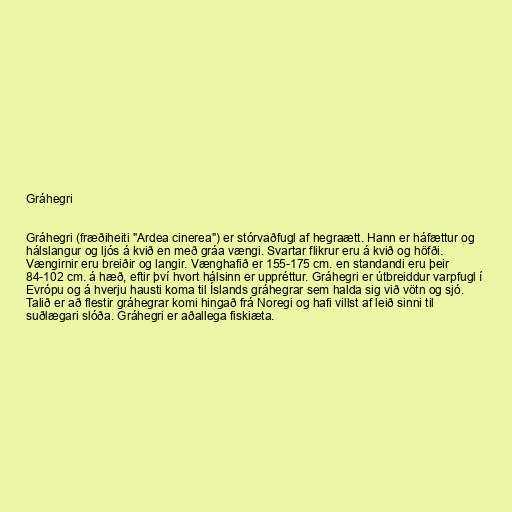
Gráhegri

Gráhegri (fræðiheiti "Ardea cinerea") er stórvaðfugl af hegraætt. Hann er háfættur og
hálslangur og ljós á kvið en með gráa vængi. Svartar flikrur eru á kvið og höfði.
Vængirnir eru breiðir og langir. Vænghafið er 155-175 cm. en standandi eru þeir
84-102 cm. á hæð, eftir því hvort hálsinn er uppréttur. Gráhegri er útbreiddur varpfugl í
Evrópu og á hverju hausti koma til Íslands gráhegrar sem halda sig við vötn og sjó.
Talið er að flestir gráhegrar komi hingað frá Noregi og hafi villst af leið sinni til
suðlægari slóða. Gráhegri er aðallega fiskiæta.